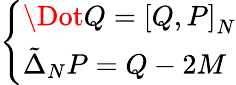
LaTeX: \left\{ \begin{array}{ll}{\Dot{Q}=\left[Q,P\right]_{N}}\\ {\tilde{\Delta}_{N}P=Q-2M}\end{array}\right.